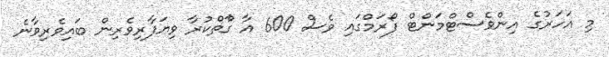
މި އަހަރުގެ އިންވެސްޓްމަންޓް ފޯރަމްގައި ވެސް 600 އާ ގާްތްކުރާ ވިޔަފާރިވެރިން ބައިވެރިވާނެ